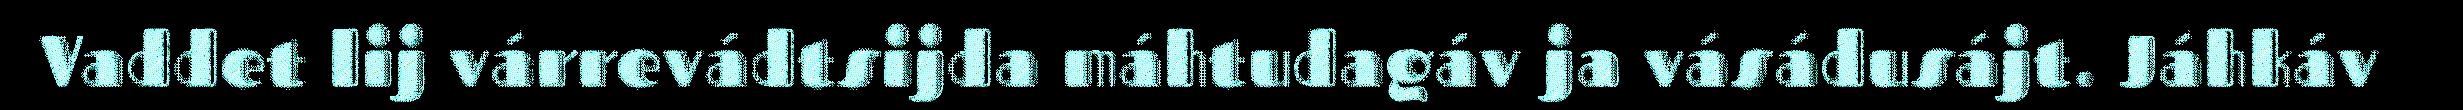
Vaddet lij várrevádtsijda máhtudagáv ja vásádusájt. Jáhkáv